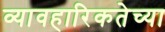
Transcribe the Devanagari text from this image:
व्यावहारिकतेच्या